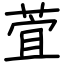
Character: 萓